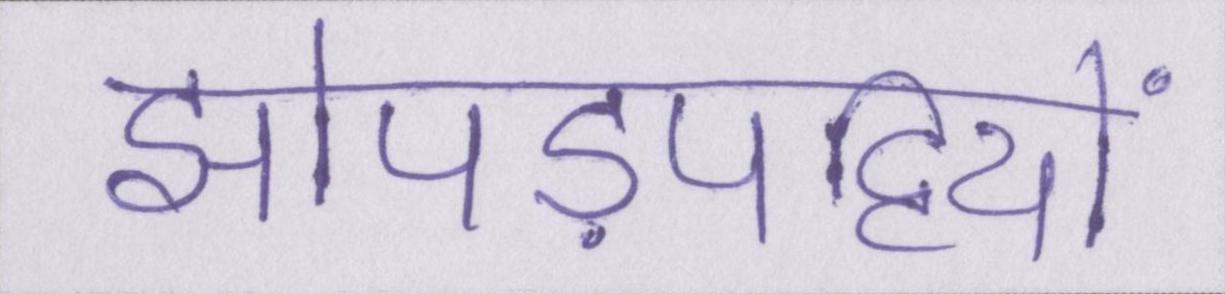
झोपड़पट्टियों